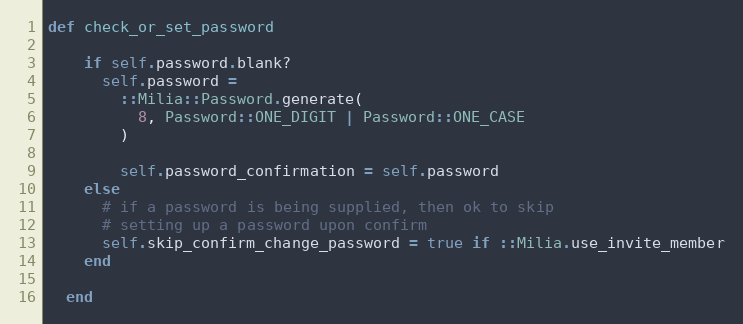
Language: Ruby
def check_or_set_password

    if self.password.blank?
      self.password =
        ::Milia::Password.generate(
          8, Password::ONE_DIGIT | Password::ONE_CASE
        )

        self.password_confirmation = self.password
    else
      # if a password is being supplied, then ok to skip
      # setting up a password upon confirm
      self.skip_confirm_change_password = true if ::Milia.use_invite_member
    end

  end